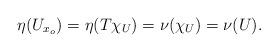
LaTeX: \begin{align*}\eta(U_{x_o}) = \eta(T\chi_U) = \nu(\chi_U) = \nu(U).\end{align*}